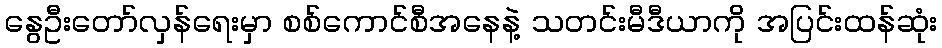
နွေဦးတော်လှန်ရေးမှာ စစ်ကောင်စီအနေနဲ့ သတင်းမီဒီယာကို အပြင်းထန်ဆုံး